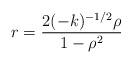
LaTeX: \begin{align*}r = \frac{2(-k)^{-1/2}{\rho}}{1 - {\rho}^{2}}\end{align*}